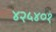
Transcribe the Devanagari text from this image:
४२५४०१